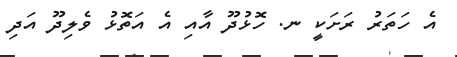
އެ ހަތަރު ރަށަކީ ނ. ހޮޅުދޫ އާއި އެ އަތޮޅު ވެލިދޫ އަދި